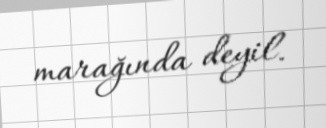
marağında deyil.